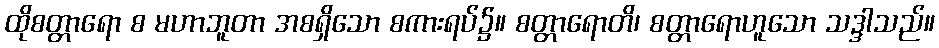
ထိုစတ္တာရော စ မဟာဘူတာ အစရှိသော စကားရပ်၌။ စတ္တာရောတိ၊ စတ္တာရောဟူသော သဒ္ဒါသည်။